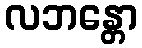
လဘန္တော